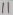
Text: 11